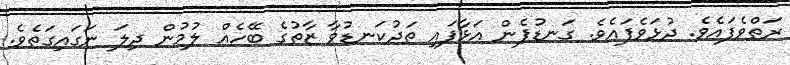
ރަތްވެފައެވެ. ދުޅަވެފައެވެ. ގަނޑުފެން އަޅާފައި ތަދުކަނޑުވާ ޒާތުގެ ބޭހެއް ލުމުން ދިލަ ނަގައިގަތެވެ.